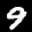
Label: 9